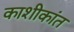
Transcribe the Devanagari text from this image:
काशीकांत